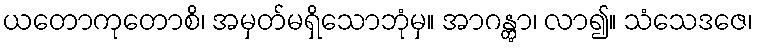
ယတောကုတောစိ၊ အမှတ်မရှိသောဘုံမှ။ အာဂန္တွာ၊ လာ၍။ သံသေဒဇေ၊